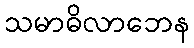
သမာဓိလာဘေန